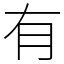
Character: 有